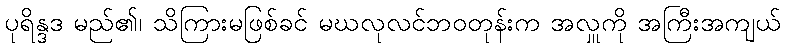
ပုရိန္ဒဒ မည်၏၊ သိကြားမဖြစ်ခင် မဃလုလင်ဘဝတုန်းက အလှူကို အကြီးအကျယ်